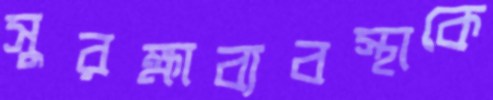
সুরক্ষাব্যবস্থাকে